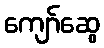
ကျော်ဆွေ